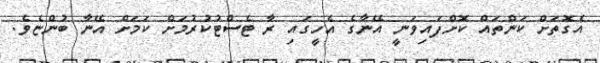
އެގޮތަށް ކަންތައް ކޮށްފައިވަނީ އޭނާގެ އެހީގައި ރާ ޓެސްޓުކުރުމަށް ކަމަށް އޭނާ ބުންޏެވެ.